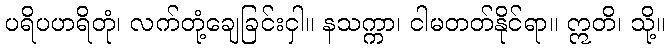
ပရိပဟရိတုံ၊ လက်တုံ့ချေခြင်းငှါ။ နသက္ကာ၊ ငါမတတ်နိုင်ရာ။ ဣတိ၊ သို့။